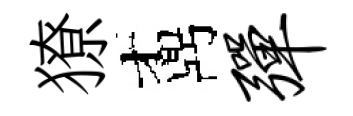
獠鼒弹